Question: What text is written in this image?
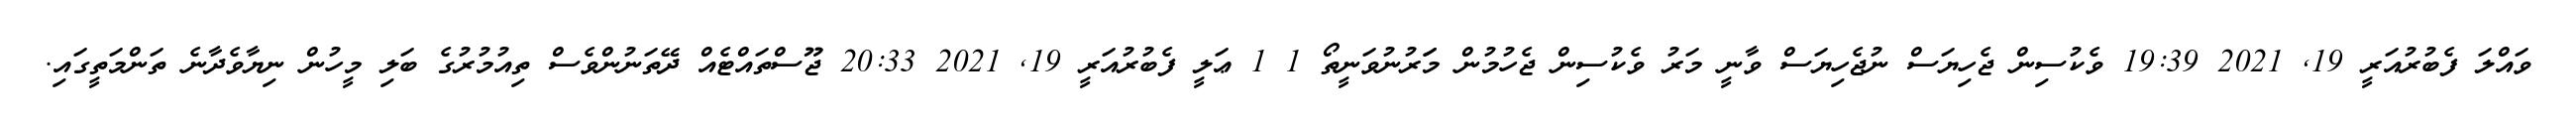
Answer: ވައްލަ ފެބުރުއަރީ 19, 2021 19:39 ވެކުސިން ޖެހިޔަސް ނުޖެހިޔަސް ވާނީ މަރު ވެކުސިން ޖެހުމުން މަަރުނުވަނީތޯ 1 1 ޢަލީ ފެބުރުއަރީ 19, 2021 20:33 ޖޫސްތައްޓެއް ދޭތަނުންވެސް ތިއުމުރުގެ ބަލި މީހުން ނިޔާވެދާނެ ތަންމަތީގައި.